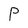
Character: P